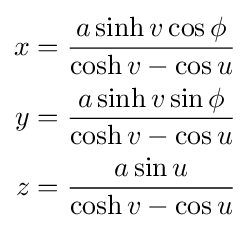
{\begin{aligned}x&={\frac {a\sinh v\cos \phi }{\cosh v-\cos u}}\\y&={\frac {a\sinh v\sin \phi }{\cosh v-\cos u}}\\z&={\frac {a\sin u}{\cosh v-\cos u}}\end{aligned}}